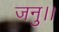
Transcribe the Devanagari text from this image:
जनु।।